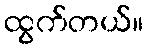
ထွက်တယ်။